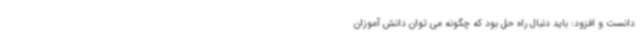
دانست و افزود: باید دنبال راه حل بود که چگونه می توان دانش آموزان